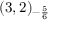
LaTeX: ( 3 , 2 ) _ { - { \frac { 5 } { 6 } } }